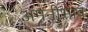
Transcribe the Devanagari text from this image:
अमनीभाव